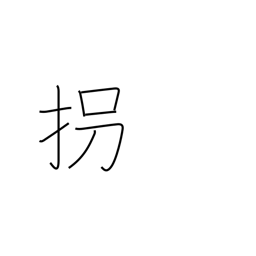
Meaning: kidnap